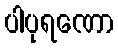
ပါပုရဏော